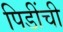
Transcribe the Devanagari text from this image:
पिडींची